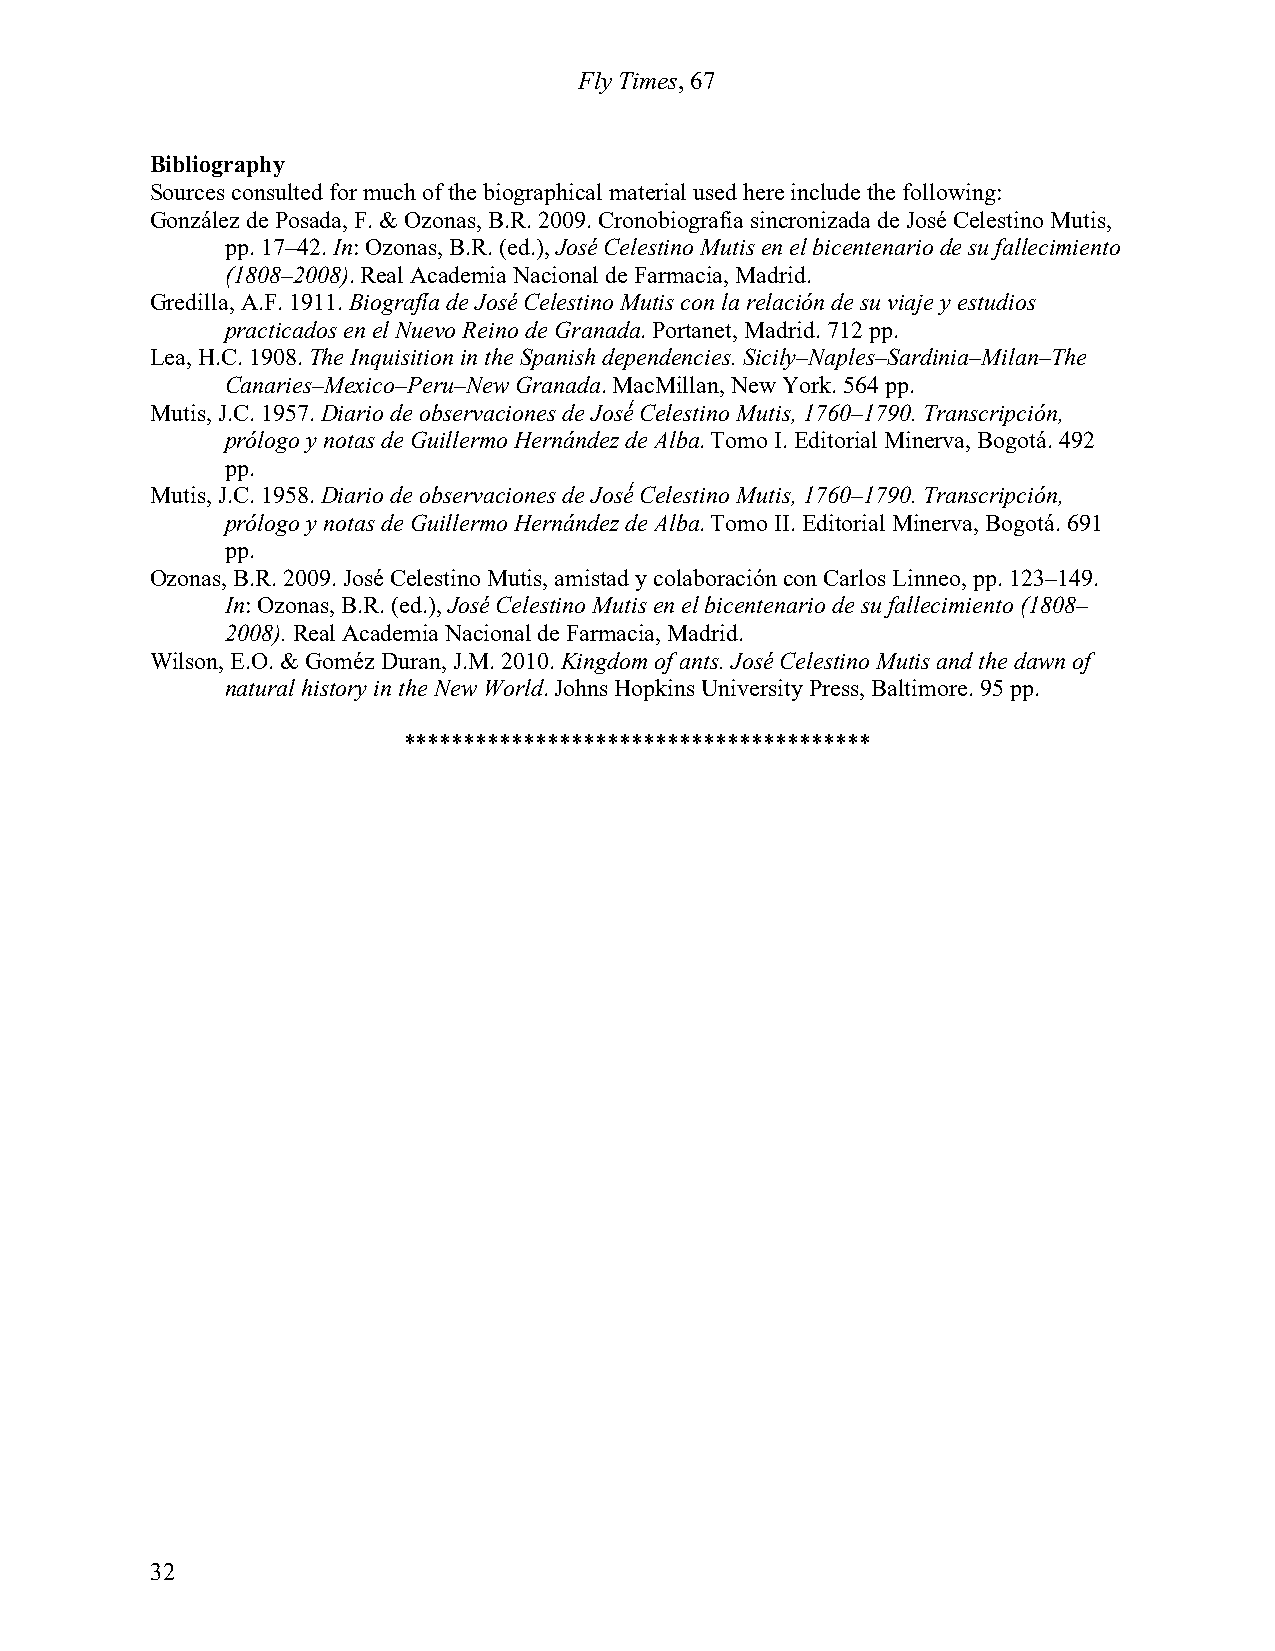
Fly Times, 67
 Bibliography
 Sources consulted for much of the biographical material used here include the following:
 González de Posada, F. & Ozonas, B.R. 2009. Cronobiografia sincronizada de José Celestino Mutis,
 pp. 17–42. In: Ozonas, B.R. (ed.), José Celestino Mutis en el bicentenario de su fallecimiento
 (1808–2008). Real Academia Nacional de Farmacia, Madrid.
 Gredilla, A.F. 1911. Biografía de José Celestino Mutis con la relación de su viaje y estudios
 practicados en el Nuevo Reino de Granada. Portanet, Madrid. 712 pp.
 Lea, H.C. 1908. The Inquisition in the Spanish dependencies. Sicily–Naples–Sardinia–Milan–The
 Canaries–Mexico–Peru–New Granada. MacMillan, New York. 564 pp.
 Mutis, J.C. 1957. Diario de observaciones de José́ Celestino Mutis, 1760–1790. Transcripción,
 prólogo y notas de Guillermo Hernández de Alba. Tomo I. Editorial Minerva, Bogotá. 492
 pp.
 Mutis, J.C. 1958. Diario de observaciones de José́ Celestino Mutis, 1760–1790. Transcripción,
 prólogo y notas de Guillermo Hernández de Alba. Tomo II. Editorial Minerva, Bogotá. 691
 pp.
 Ozonas, B.R. 2009. José Celestino Mutis, amistad y colaboración con Carlos Linneo, pp. 123–149.
 In: Ozonas, B.R. (ed.), José Celestino Mutis en el bicentenario de su fallecimiento (1808–
 2008). Real Academia Nacional de Farmacia, Madrid.
 Wilson, E.O. & Goméz Duran, J.M. 2010. Kingdom of ants. José Celestino Mutis and the dawn of
 natural history in the New World. Johns Hopkins University Press, Baltimore. 95 pp.
 ***************************************
 32